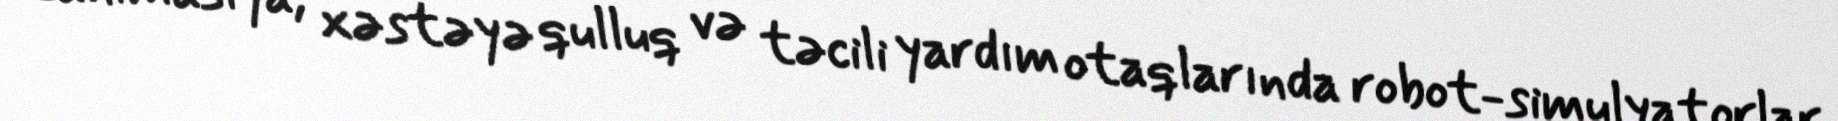
reanimasiya, xəstəyə qulluq və təcili yardım otaqlarında robot-simulyatorlar